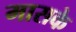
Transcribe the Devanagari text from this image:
मासके